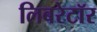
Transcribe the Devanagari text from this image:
लिबरेटॉर